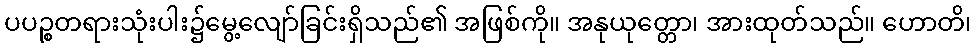
ပပဉ္စတရားသုံးပါး၌မွေ့လျော်ခြင်းရှိသည်၏ အဖြစ်ကို။ အနုယုတ္တော၊ အားထုတ်သည်။ ဟောတိ၊